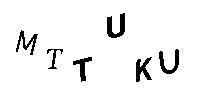
MTTUKU